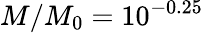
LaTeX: M/M_{0}=10^{-0.25}